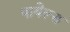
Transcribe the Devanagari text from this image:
पावेल्स